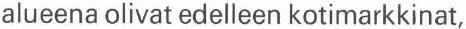
alueena olivat edelleen kotimarkkinat,